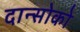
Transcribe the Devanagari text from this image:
दान्सोको